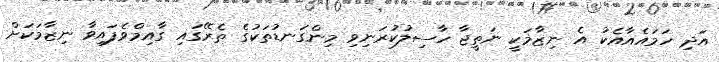
އަދި ހަމައެއާއެކު އެ ނިޒާމަކީ ނަތީޖާ ހާސިލުކުރަނިވި މިންގަނޑުތަކުގެ ތެރޭގައި ގާއިމްވެފައިވާ ނިޒާމަކަށް